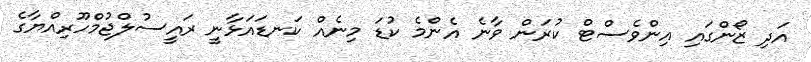
އަދި ޒޯންގައި އިންވެސްޓް ކުރަން ވާނެ އެންމެ ކުޑަ މިނެއް ކަނޑައަޅާނީ ރައީސުލްޖުމްހޫރިއްޔާގެ